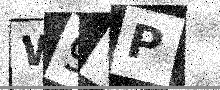
Text: W98P